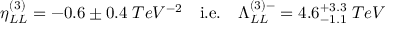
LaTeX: \begin{array} { c c c } { { \eta _ { L L } ^ { ( 3 ) } = - 0 . 6 \pm 0 . 4 \; T e V ^ { - 2 } } } & { { { \mathrm { i . e . } } } } & { { \Lambda _ { L L } ^ { ( 3 ) - } = 4 . 6 _ { - 1 . 1 } ^ { + 3 . 3 } \; T e V } } \end{array}